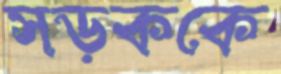
সড়ককে